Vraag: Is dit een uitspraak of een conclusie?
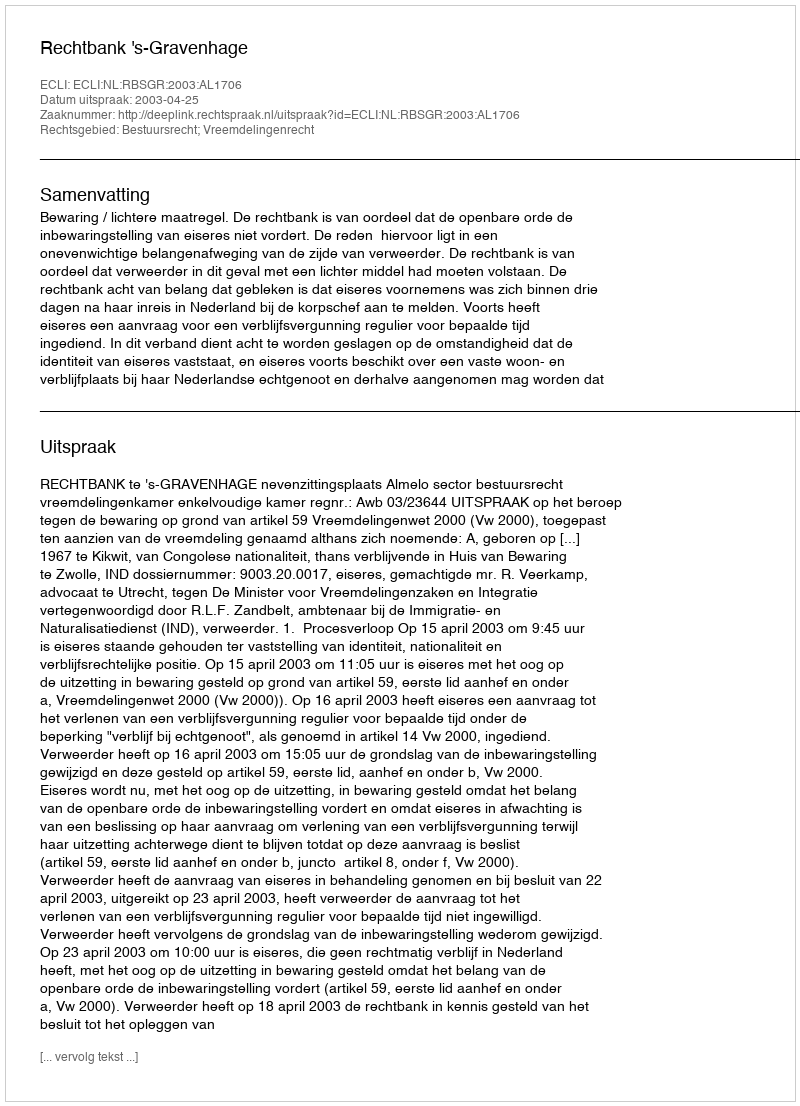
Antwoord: Uitspraak